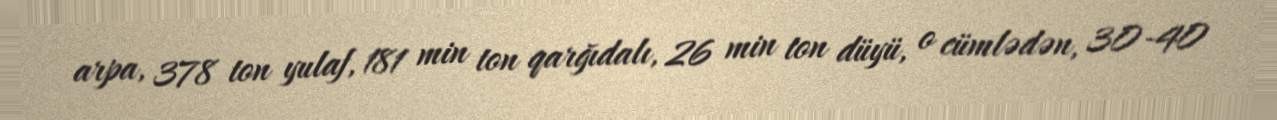
arpa, 378 ton yulaf, 181 min ton qarğıdalı, 26 min ton düyü, o cümlədən, 30-40